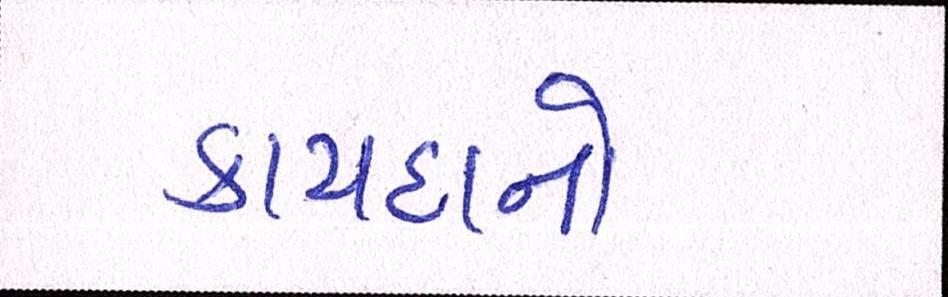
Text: કાયદાનો